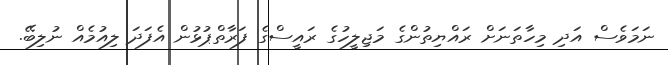
ނަމަވެސް އަދި މިހާތަނަށް ރައްޔިތުންގެ މަޖިލީހުގެ ރައީސްގެ ފަރާތްޕުޅުން އެފަދަ ލިއުމެއް ނުލިބޭ.